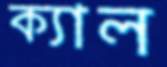
ক্যাল